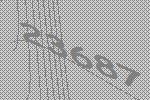
23687